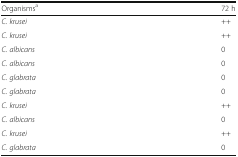
<table><thead><tr><td><b>Organisms<sup>a</sup></b></td><td><b>72 h</b></td></tr></thead><tbody><tr><td><i>C. krusei</i></td><td>++</td></tr><tr><td><i>C. krusei</i></td><td>++</td></tr><tr><td><i>C. albicans</i></td><td>0</td></tr><tr><td><i>C. albicans</i></td><td>0</td></tr><tr><td><i>C. glabrata</i></td><td>0</td></tr><tr><td><i>C. glabrata</i></td><td>0</td></tr><tr><td><i>C. krusei</i></td><td>++</td></tr><tr><td><i>C. albicans</i></td><td>0</td></tr><tr><td><i>C. krusei</i></td><td>++</td></tr><tr><td><i>C. glabrata</i></td><td>0</td></tr></tbody></table>